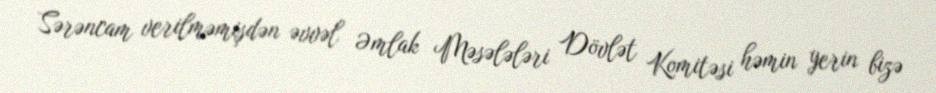
Sərəncam verilməmişdən əvvəl Əmlak Məsələləri Dövlət Komitəsi həmin yerin bizə